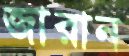
জারান